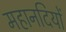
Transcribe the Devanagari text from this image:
महानदियों